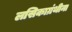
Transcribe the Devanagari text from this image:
लसिकाग्रंथीना